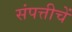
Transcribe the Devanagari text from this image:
संपत्तीचें